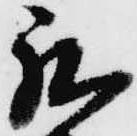
我